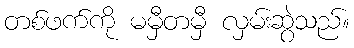
တစ်ဖက်ကို မမှီတမှီ လှမ်းဆွဲသည်။